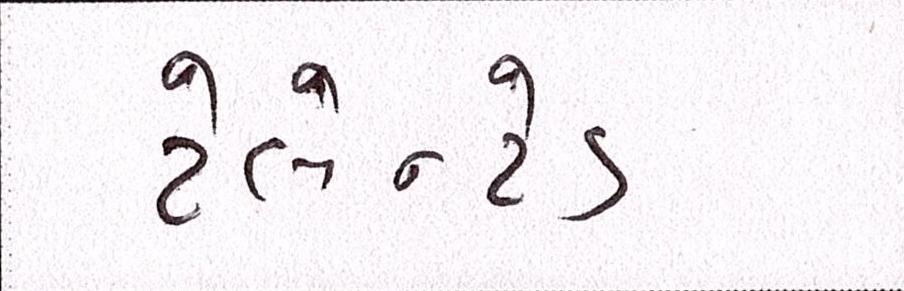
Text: ટેલેન્ટેડ